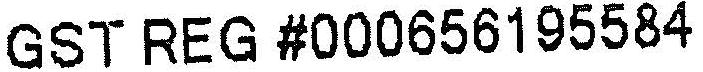
GST REG #000656195584